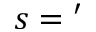
s = \prime